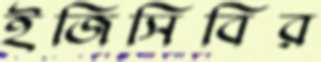
ইজিসিবির